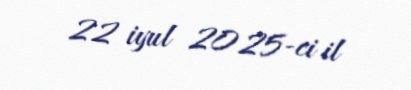
22 iyul 2025-ci il